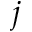
j